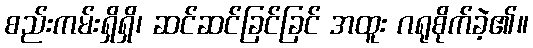
စည်းကမ်းရှိရှိ၊ ဆင်ဆင်ခြင်ခြင် အထူး ဂရုစိုက်ခဲ့၏။